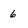
Character: 6